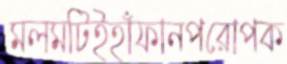
মলমটিইহাঁফানপরোপক